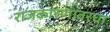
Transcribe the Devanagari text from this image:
राजकारणावरचा